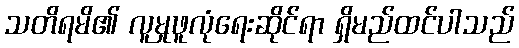
သတိရမိ၏ လူမှုဖူလုံရေးဆိုင်ရာ ရှိမည်ထင်ပါသည်